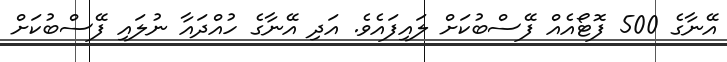
އޭނާގެ 500 ފޮޓޯއެއް ފޭސްބުކަށް ލައިފައެވެ. އަދި އޭނާގެ ހުއްދައާ ނުލައި ފޭސްބުކަށް